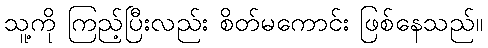
သူ့ကို ကြည့်ပြီးလည်း စိတ်မကောင်း ဖြစ်နေသည်။